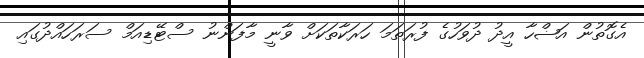
އެގޮތުން އަޟްހާ އީދު ދުވަހުގެ ފުރަތަމަ ހަރަކާތަަކަށް ވާނީ މާފަންނު ސްޓޭޑިއަމް ސަރަަހައްދުގައި